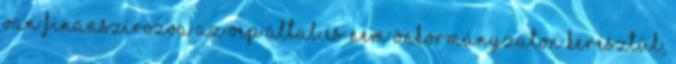
van finanszírozva az OEP által és nem önkormányzaton keresztül,